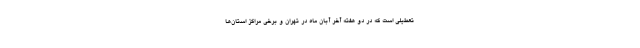
تعطیلی است که در دو هفته آخر آبان ماه در تهران و برخی مراکز استان‌ها